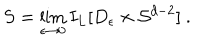
LaTeX: S = \lim _ { \epsilon \rightarrow 0 } I _ { L } [ D _ { \epsilon } \times { \cal S } ^ { d - 2 } ] \ .